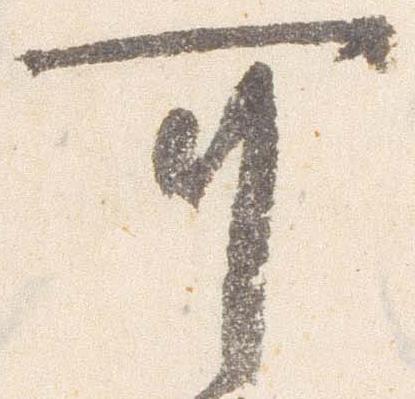
可